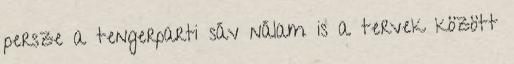
persze a tengerparti sáv nálam is a tervek között